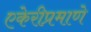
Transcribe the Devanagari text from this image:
एकेरीप्रमाणे